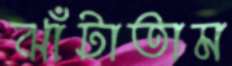
ঝাঁটাতাম